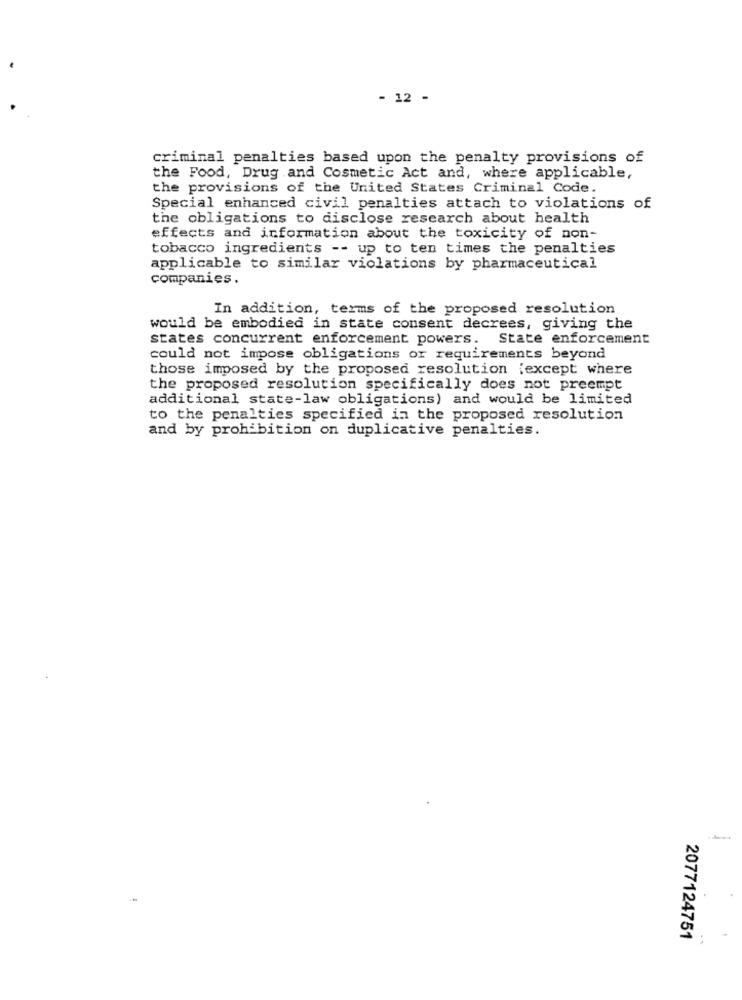
- 12 -
criminal penalties based upon the penalty provisions of
the Food, Drug and Cosmetic Act and, where applicable,
the provisions of the United States Criminal Code.
Special enhanced civil penalties attach to violations of
the obligations to disclose research about health
effects and information about the toxicity of non-
tobacco ingredients -- up to ten times the penalties
applicable to similar violations by pharmaceutical
companies.
In addition, terms of the proposed resolution
would be embodied in state consent decrees, giving the
states concurrent enforcement powers. State enforcement
could not impose obligations or requirements beyond
those imposed by the proposed resolution {except where
the proposed resolution specifically does not preempt
additional state-law obligations) and would be limited
to the penalties specified in the proposed resolution
and by prohibition on duplicative penalties.
2077124751